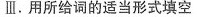
Ⅲ.用所给词的适当形式填空